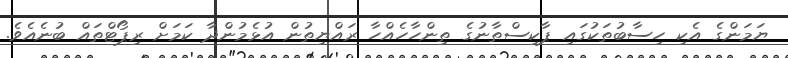
ޔަމަންގެ އެކި ހިސާބުތަކުގައި ޕާކިސްތާނުގެ ތިންހާހެއްހާ ރައްޔިތުން އުޅެމުންދާ ކަމަށް ރިޕޯޓްތައް ބުނެއެވެ.